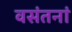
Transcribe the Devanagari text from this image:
वसंतनां